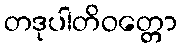
တဒုပါတိဝတ္တော